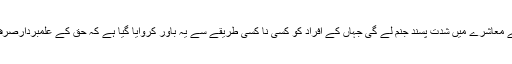
لیکن ایسے معاشرے میں شدت پسند جنم لے گی جہاں کے افراد کو کسی نا کسی طریقے سے یہ باور کروایا گیا ہے کہ حق کے علمبردارصرف وہ ہیں ۔